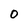
Character: 0